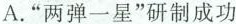
A.“两弹一星”研制成功